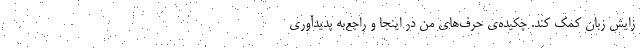
زایش زبان کمک کند. چکیده‌ی حرف‌های من در اینجا و راجع‌به پدیدآوریِ